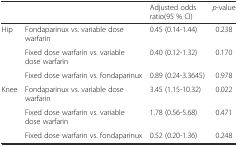
| <COLSPAN=2>  | Adjusted odds ratio(95 % CI) | p-value |
 | --- | --- | --- | --- |
 | Hip | Fondaparinux vs. variable dose warfarin | 0.45 (0.14-1.44) | 0.238 |
 |  | Fixed dose warfarin vs. variable dose warfarin | 0.40 (0.12-1.32) | 0.170 |
 |  | Fixed dose warfarin vs. fondaparinux | 0.89 (0.24-3.3645) | 0.978 |
 | Knee | Fondaparinux vs. variable dose warfarin | 3.45 (1.15-10.32) | 0.022 |
 |  | Fixed dose warfarin vs. variable dose warfarin | 1.78 (0.56-5.68) | 0.471 |
 |  | Fixed dose warfarin vs. fondaparinux | 0.52 (0.20-1.36) | 0.248 |